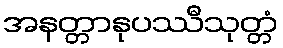
အနတ္တာနုပဿီသုတ္တံ